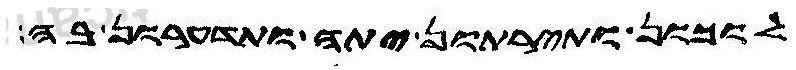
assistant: לוכון ותירתון יתה ותדערון בה